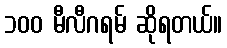
၁၀၀ မီလီဂရမ် ဆိုရတယ်။